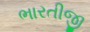
ભારતીજી